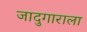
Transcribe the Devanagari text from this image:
जादुगाराला